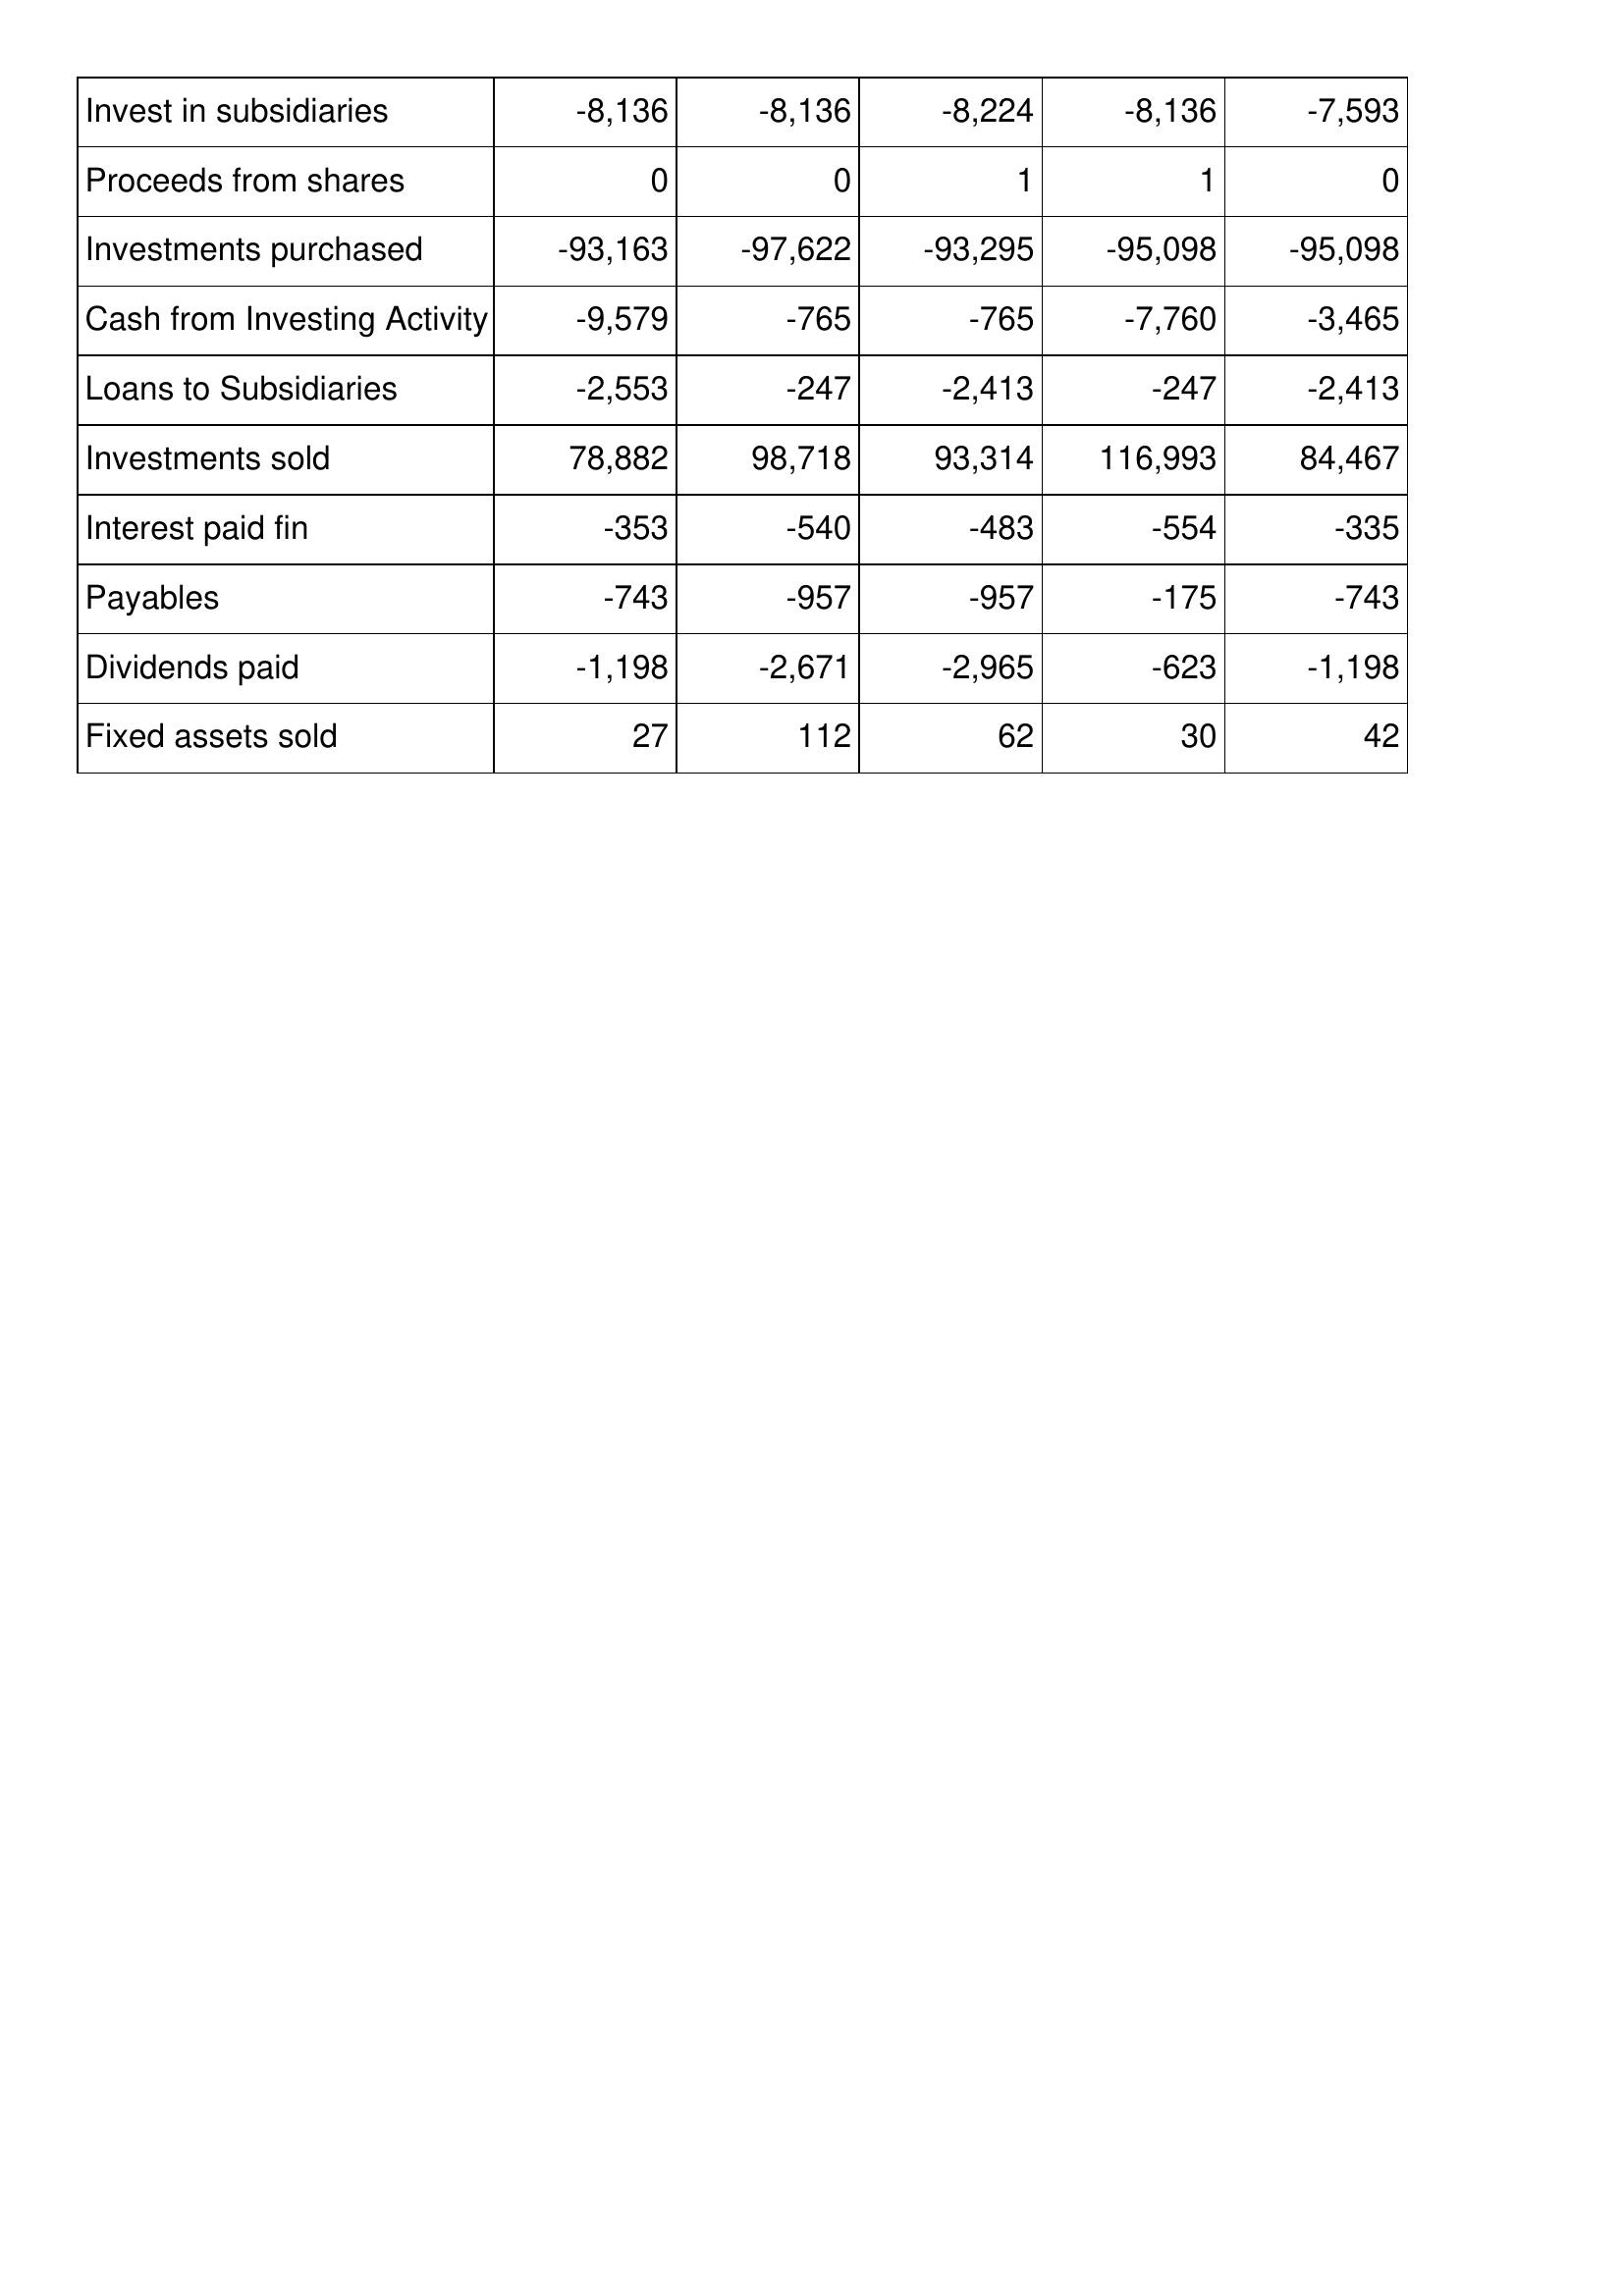
Mar-13: Cash Flows: Invest in subsidiaries: -8,136
Proceeds from shares: 0
Investments purchased: -93,163
Cash from Investing Activity: -9,579
Loans to Subsidiaries: -2,553
Investments sold: 78,882
Interest paid fin: -353
Payables: -743
Dividends paid: -1,198
Fixed assets sold: 27
Mar-12: Cash Flows: Invest in subsidiaries: -8,136
Proceeds from shares: 0
Investments purchased: -97,622
Cash from Investing Activity: -765
Loans to Subsidiaries: -247
Investments sold: 98,718
Interest paid fin: -540
Payables: -957
Dividends paid: -2,671
Fixed assets sold: 112
Mar-11: Cash Flows: Invest in subsidiaries: -8,224
Proceeds from shares: 1
Investments purchased: -93,295
Cash from Investing Activity: -765
Loans to Subsidiaries: -2,413
Investments sold: 93,314
Interest paid fin: -483
Payables: -957
Dividends paid: -2,965
Fixed assets sold: 62
Mar-10: Cash Flows: Invest in subsidiaries: -8,136
Proceeds from shares: 1
Investments purchased: -95,098
Cash from Investing Activity: -7,760
Loans to Subsidiaries: -247
Investments sold: 116,993
Interest paid fin: -554
Payables: -175
Dividends paid: -623
Fixed assets sold: 30
Mar-09: Cash Flows: Invest in subsidiaries: -7,593
Proceeds from shares: 0
Investments purchased: -95,098
Cash from Investing Activity: -3,465
Loans to Subsidiaries: -2,413
Investments sold: 84,467
Interest paid fin: -335
Payables: -743
Dividends paid: -1,198
Fixed assets sold: 42